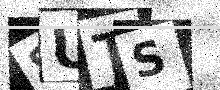
Text: SUTS